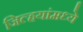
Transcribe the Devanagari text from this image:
जिल्हयांमध्ये